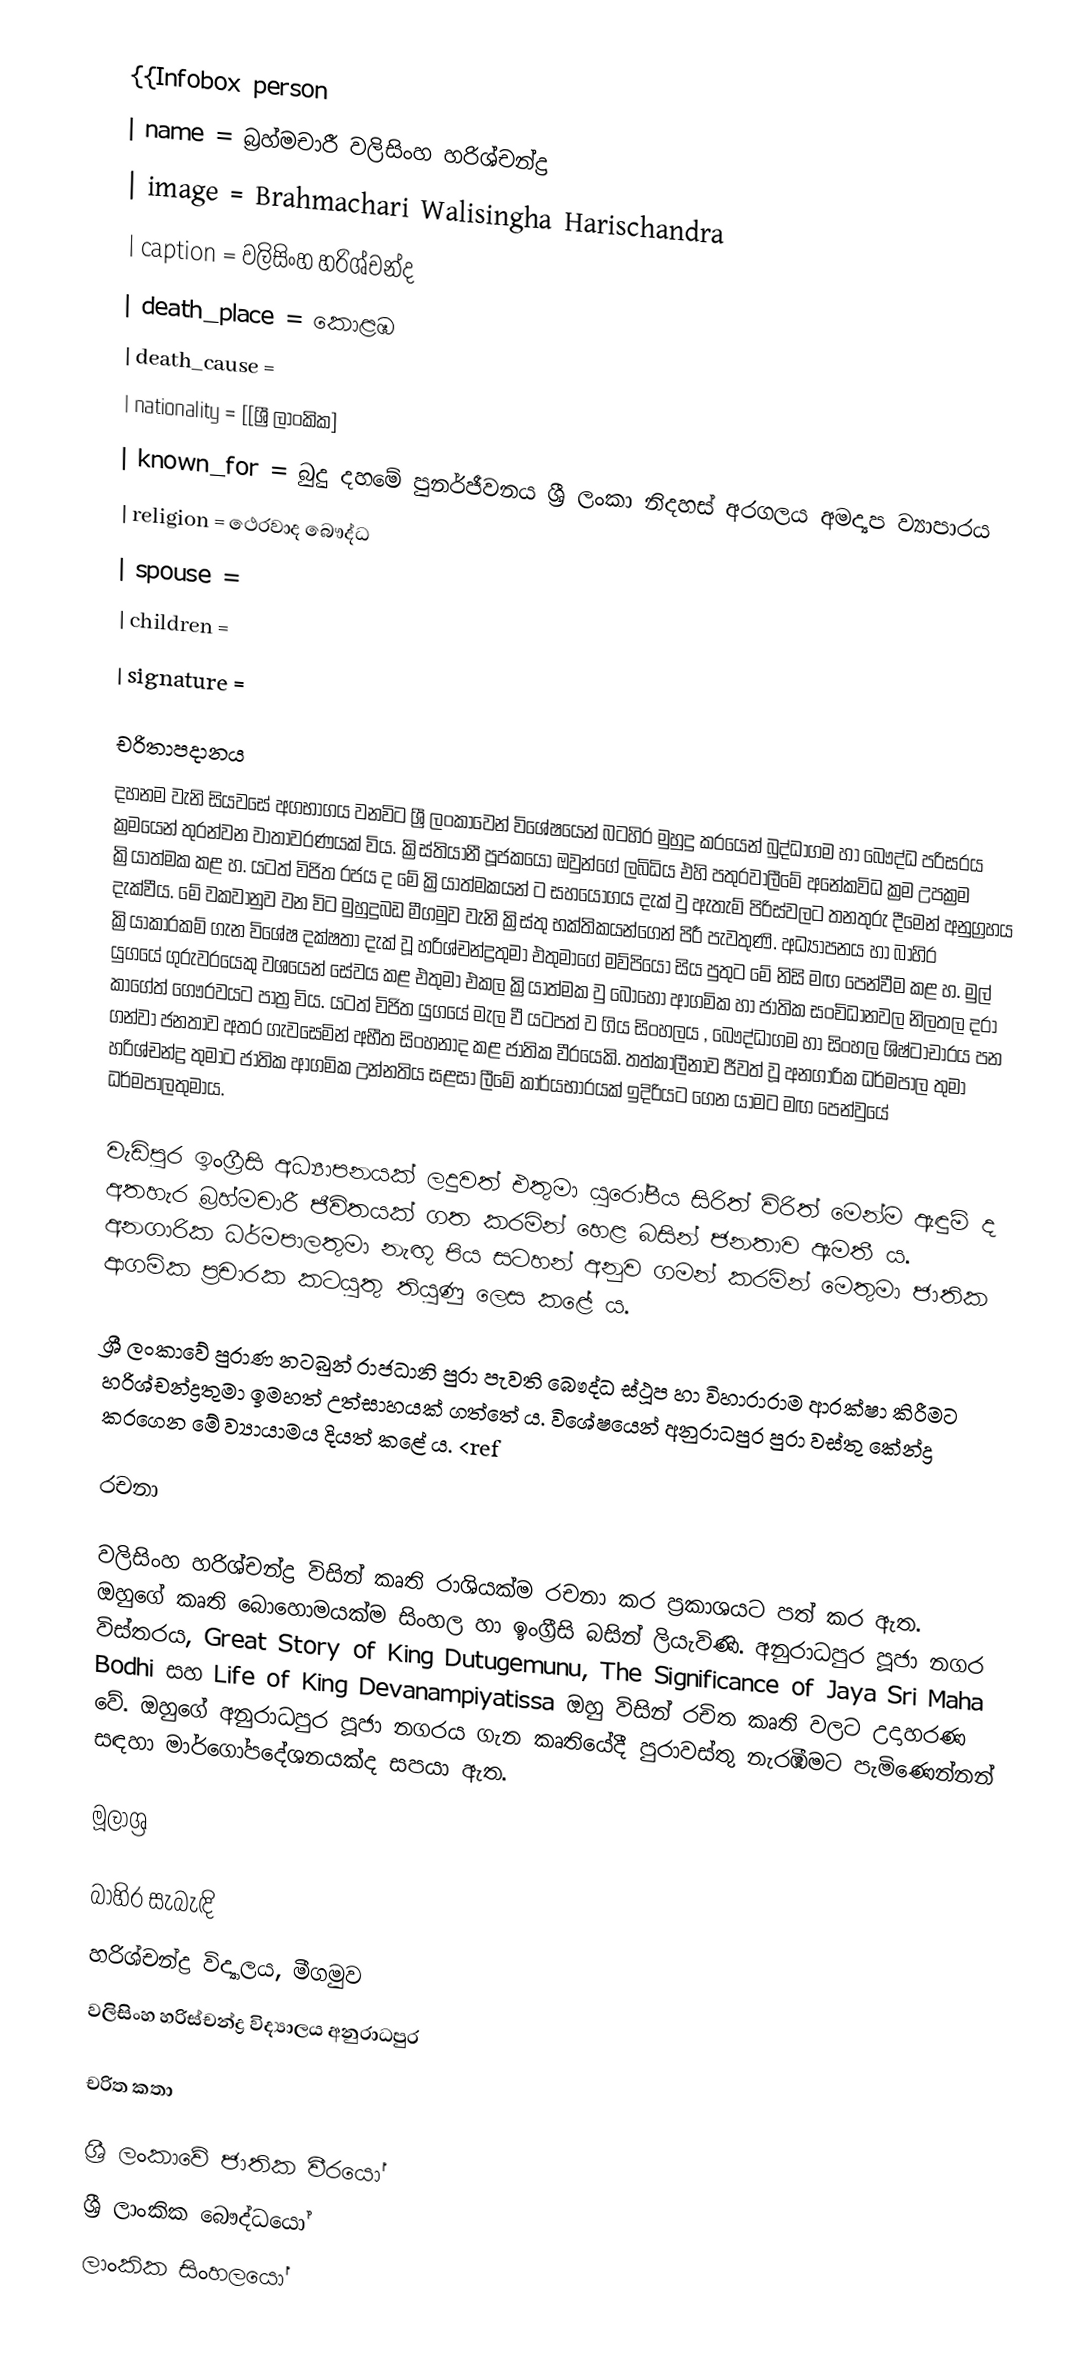
{{Infobox person
| name        = බ්‍රහ්මචාරී වලිසිංහ හරිශ්චන්ද්‍ර
| image       = Brahmachari Walisingha Harischandra
| caption     = වලිසිංහ හරිශ්චන්ද
| death_place = කොළඹ
| death_cause =
| nationality = [[ශ්‍රී ලාංකික]
| known_for   = බුදු දහමේ පුනර්ජීවනය  ශ්‍රී ලංකා නිදහස් අරගලය  අමද්‍යප ව්‍යාපාරය
| religion    = ථෙරවාද බෞද්ධ
| spouse      =
| children    =
| signature   =

චරිතාපදානය
දහනම වැනි සියවසේ අගභාග‍ය වනවිට ශ්‍රී ලංකාවෙන් විශේෂයෙන් බටහිර මුහුදු කරයෙන් බුද්ධාගම හා බෞද්ධ පරිසරය ක්‍රමයෙන් තුරන්වන වාතාවරණයක් විය. ක්‍රිස්තියානී පූජකයෝ ඔවුන්ගේ ලබිධිය එහි පතුරවාලී‍මේ අනේකවිධ ක්‍රම උපක්‍රම ක්‍රියාත්මක කළ හ. යටත් විජිත රජය ද මේ ක්‍රියාත්මකයන් ට සහයෝගය දැක් වු ඇතැම් පිරිස්වලට තනතුරු දීමෙන් අනුග්‍රහය දැක්වීය. මේ වකවානුව වන විට මුහුදුබඩ මීගමුව වැනි ක්‍රිස්තු භක්තිකයන්ගෙන් පිරී පැවතුණි. අධ්‍යාපනය හා බාහිර ක්‍රියාකාරකම් ගැන විශේෂ දක්ෂතා දැක් වූ හරිශ්චන්ද්‍රතුමා එතුමාගේ මව්පියෝ සිය පුතුට මේ නිසි මඟ පෙන්වීම කළ හ. මුල් යුගයේ ගුරුවරයෙකු වශයෙන් සේවය කළ එතුමා එකල ක්‍රියාත්මක වු බොහෝ ආගමික හා ජාතික සංවිධානවල නිලතල දරා කාගේත් ගෞරවයට පාත්‍ර විය. යටත් විජිත යුගයේ මැල වී යටපත් ව ගිය සිංහල‍ය , බෞද්ධාගම හා සිංහල ශිෂ්ටාචාරය පන ගන්වා ජනතාව අතර ගැවසෙමින් අභීත සිංහනාද කළ ජාතික වීරයෙකි. තත්කාලීනා‍ව ජීවත් වූ අනගාරික ධර්මපාල තුමා හරිශ්චන්ද්‍ර තුමාට ජාතික ආගමික උන්නති‍ය සළසා ලීමේ කාර්යභාරයක් ඉදිරිය‍ට ගෙන යාමට මඟ පෙන්වුයේ ධර්මපාලතුමාය.

 වැඩිපුර ඉංග්‍රීසි අධ්‍යාපනයක් ලදුවත් එතුමා යුරෝපීය සිරිත් විරිත් මෙන්ම ඇඳුම් ද අතහැර බ්‍රහ්මචාරී ජීවිතයක් ගත කරමින් හෙළ බසින් ජනතාව ඇමතී ය. අනගාරික ධර්මපාලතුමා නැඟූ පිය සටහන් අනුව ගමන් කරමින් මෙතුමා ජාතික ආගමික ප්‍රචාරක කටයුතු තියුණු ලෙස කළේ ය.

ශ්‍රී ලංකාවේ පුරාණ නටබුන් රාජධානි පුරා පැවති බෞද්ධ ස්ථූප හා විහාරාරාම ආරක්ෂා කිරීමට හරිශ්චන්ද්‍රතුමා ඉමහත් උත්සාහයක් ගත්තේ ය. විශේෂයෙන් අනුරාධපුර පුරා වස්තු කේන්ද්‍ර කරගෙන මේ ව්‍යායාමය දියත් කළේ ය. <ref

රචනා

වලිසිංහ හරිශ්චන්ද්‍ර විසින් කෘති රාශියක්ම රචනා කර ප්‍රකාශයට පත් කර ඇත. ඔහුගේ කෘති බොහොමයක්ම සිංහල හා ඉංග්‍රීසි බසින් ලියැවිණි. අනුරාධපුර පූජා නගර විස්තරය, Great Story of King Dutugemunu, The Significance of Jaya Sri Maha Bodhi සහ Life of King Devanampiyatissa  ඔහු විසින් රචිත කෘති වලට උදාහරණ වේ. ඔහුගේ අනුරාධපුර පූජා නගරය ගැන කෘතියේදී පුරාවස්තු නැරඹීමට පැමිණෙන්නන් සඳහා මාර්ගෝපදේශනයක්ද සපයා  ඇත.

මූලාශ්‍ර

බාහිර සැබැඳි
හරිශ්චන්ද්‍ර විද්‍යාලය, මීගමුව
වලිසිංහ හරිස්චන්ද්‍ර විද්‍යාලය අනුරාධපුර

චරිත කතා

ශ්‍රී ලංකාවේ ජාතික වීරයෝ
ශ්‍රී ලාංකික බෞද්ධයෝ
ලාංකික සිංහලයෝ